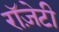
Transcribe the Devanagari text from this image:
रॉज़ेटी